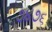
૭૪૭૬